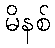
မိနစ်